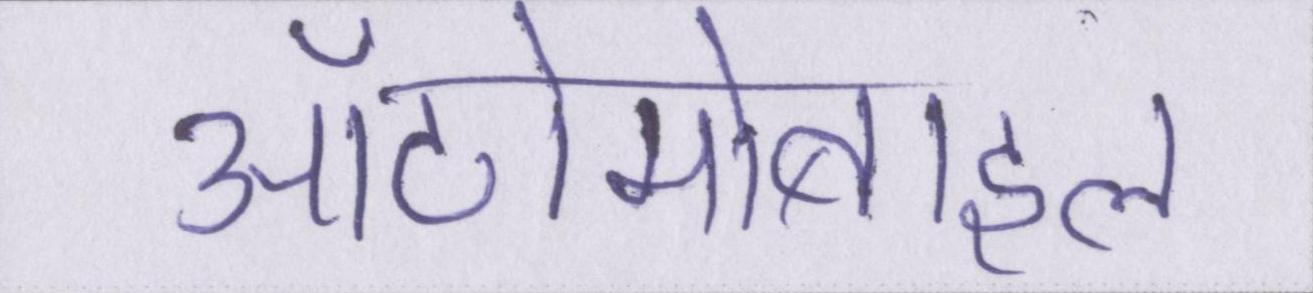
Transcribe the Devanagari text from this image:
ऑटोमोबाइल